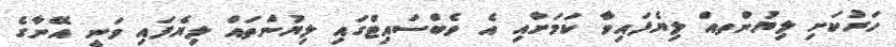
ހަރުކަށި ލިޔުންތއް ލިޔެފައިވާ ކަމަށާއި އެ ވެބްސައިޓްގައި ލިޔުންތައް ލިޔެފައި ވަނީ އޭނާގެ